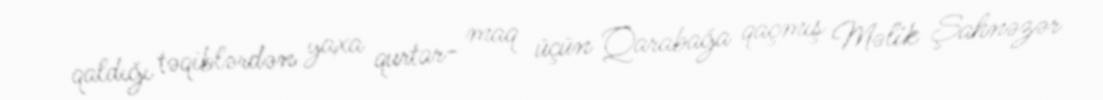
qaldığı təqiblərdən yaxa qurtar- maq üçün Qarabağa qaçmış Məlik Şahnəzər